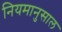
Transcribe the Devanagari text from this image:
नियमानुसाल